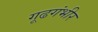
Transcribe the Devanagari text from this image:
गूढगंभीर